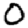
Digit: 0